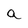
Character: a